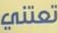
تعتني